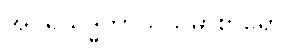
အပရိသုဒ္ဓကာယသမာစာရော